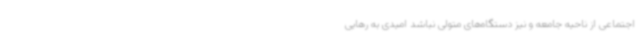
اجتماعی از ناحیه جامعه و نیز دستگاه‌های متولی نباشد امیدی به رهایی